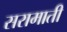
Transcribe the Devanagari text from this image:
सरामाती